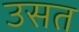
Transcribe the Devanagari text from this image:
उसत